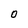
Character: 0